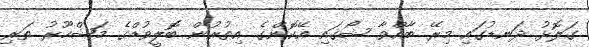
ގަލޮޅު ދަނޑުގައި މިރޭ ބާއްވާ ޝޯގައި އޭކޮންގެ އިތުރުން ބޮޮލީވުޑްގެ މަޝްހޫރު ތަރި